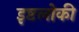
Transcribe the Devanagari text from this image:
इष्टलोकी